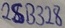
Text: 2SB328